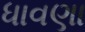
ધાવણા